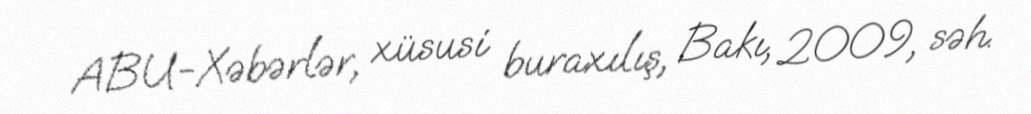
ABU-Xəbərlər, xüsusi buraxılış, Bakı, 2009, səh.